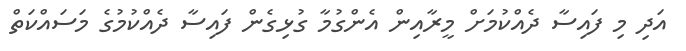
އަދި މި ފައިސާ ދެއްކުމަށް މީރާއިން އެންގުމާ ގުޅިގެން ފައިސާ ދެއްކުމުގެ މަސައްކަތް